65_HS1-834228961_62-HQ-83894_Section_4
Agency: FBI
Page 27
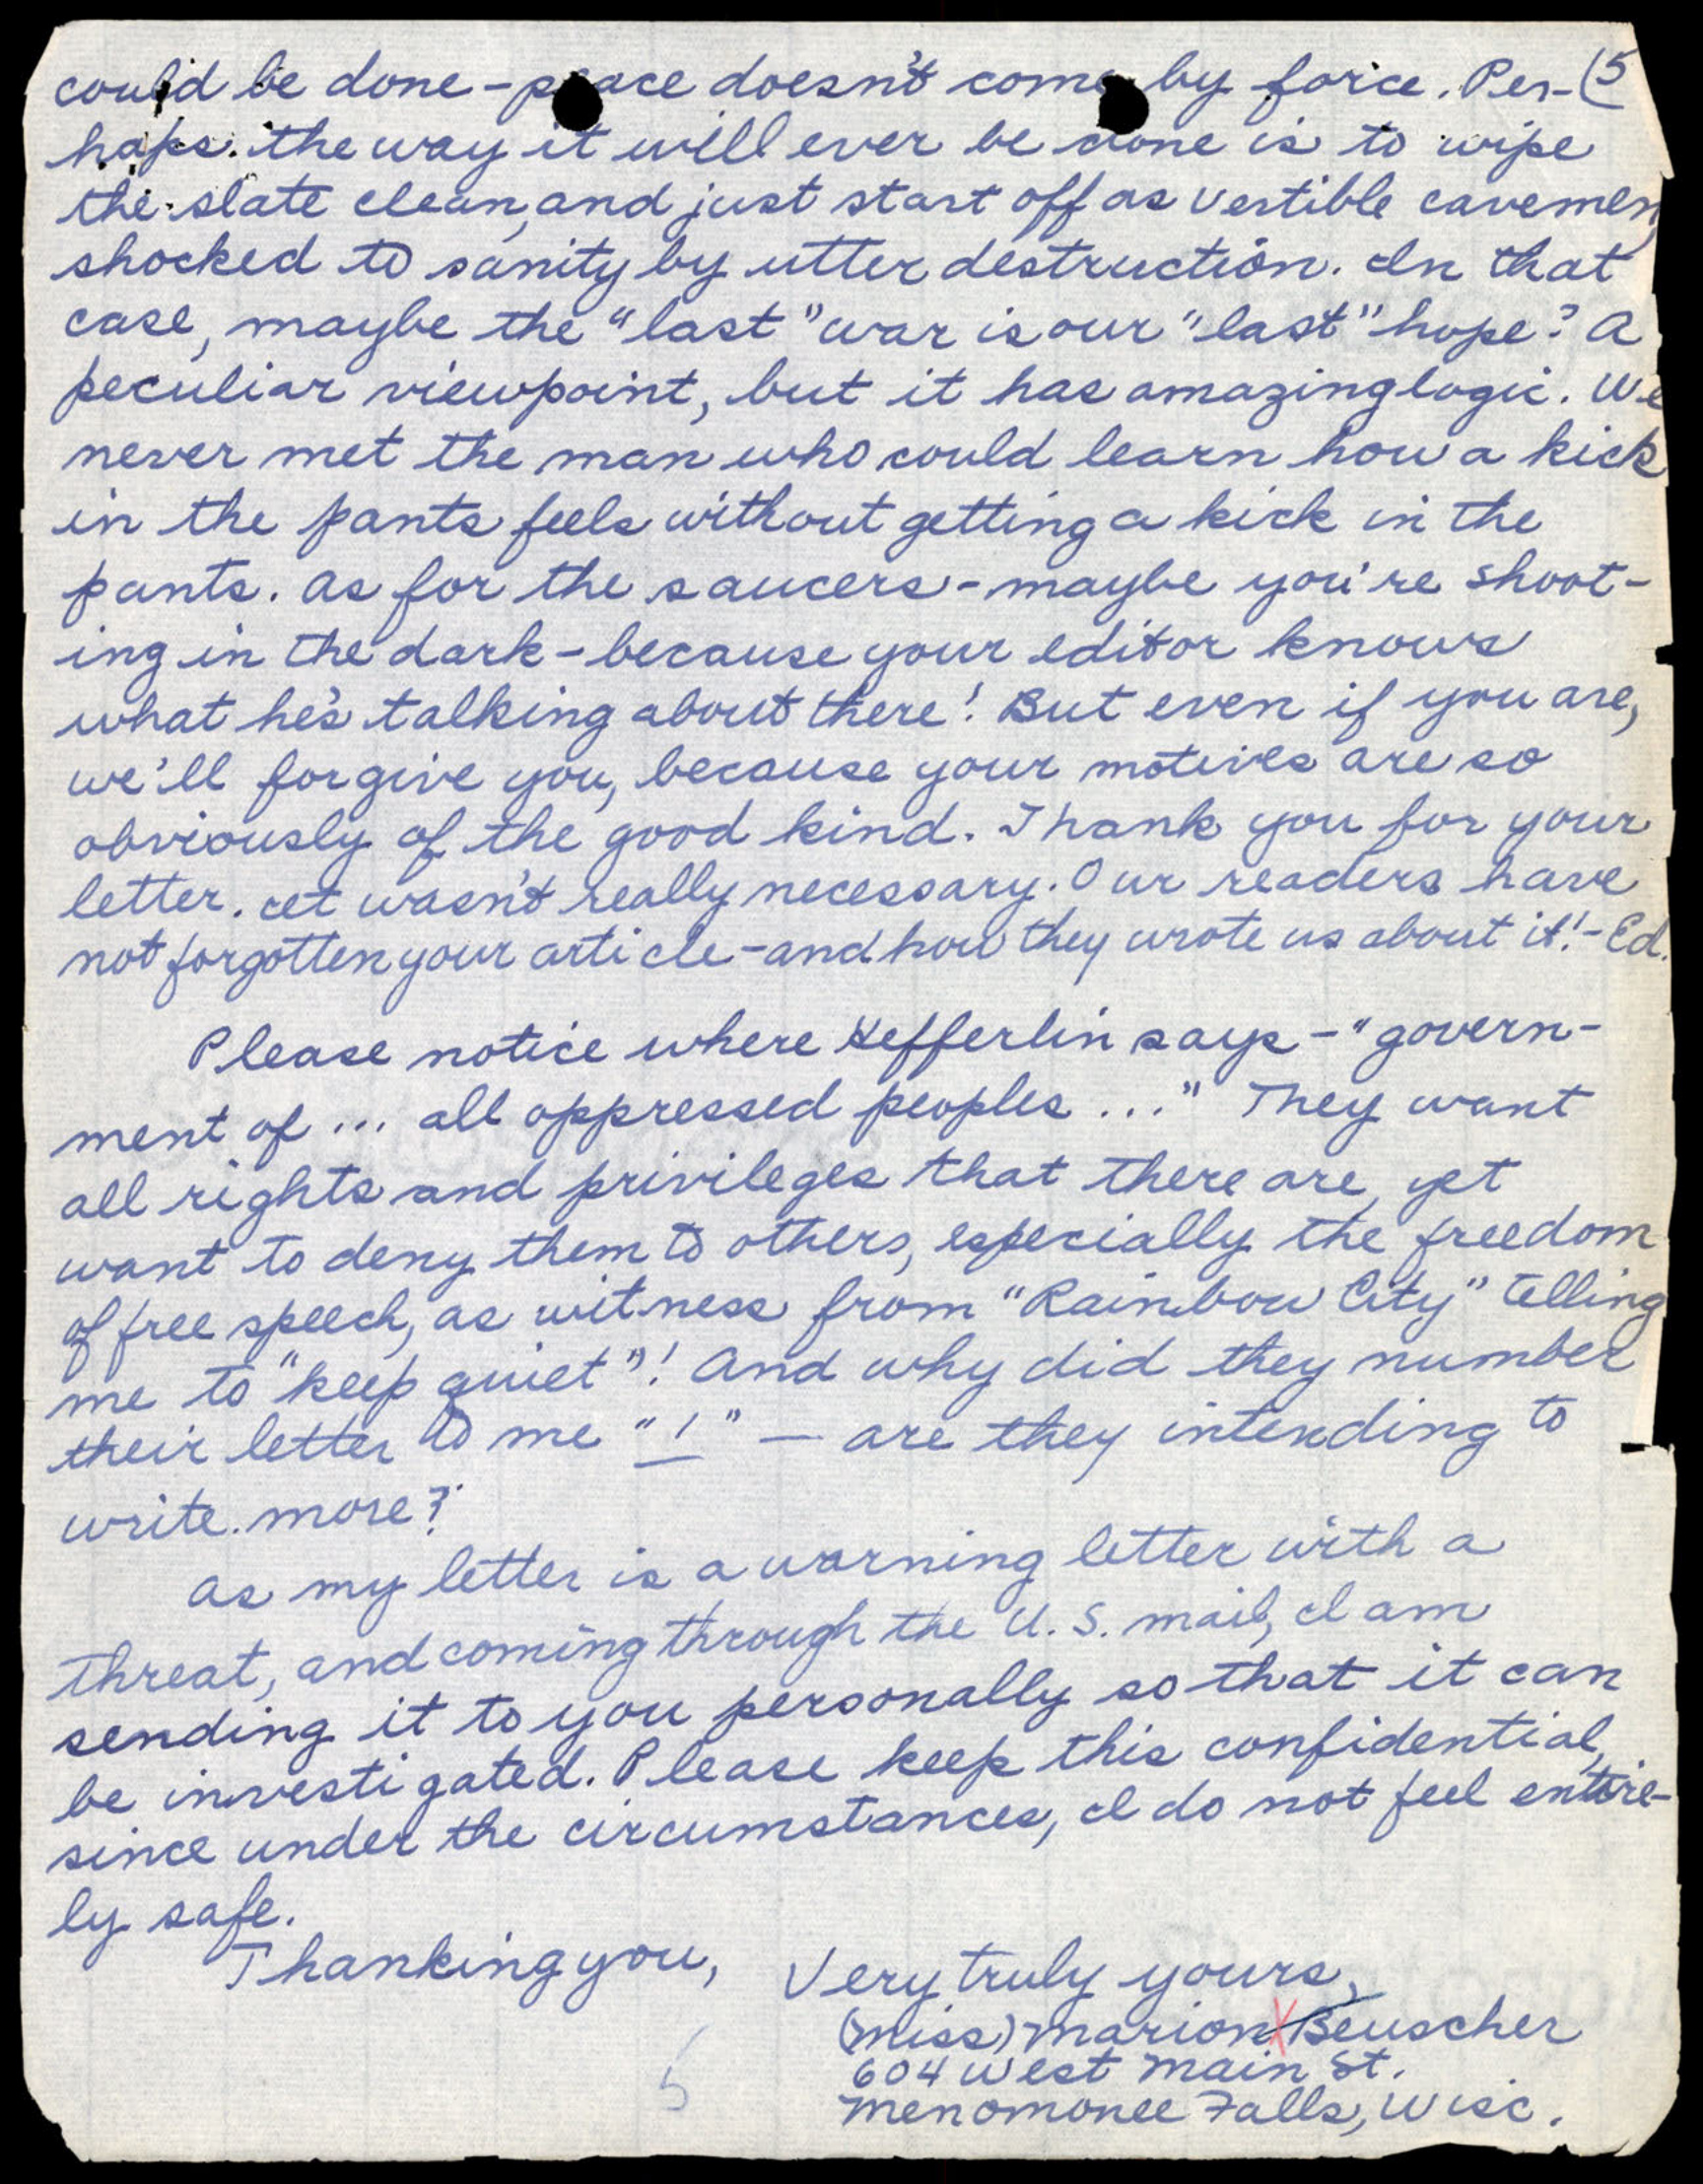